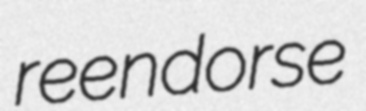
reendorse